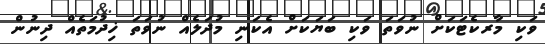
ވަކި މާރކެޓަކަށް ނުވަތަ ވަކި ބަޔަކަށް އެކަނި މުދަލެއް ނުވަތަ ޚިދުމަތެއް ދިނުން